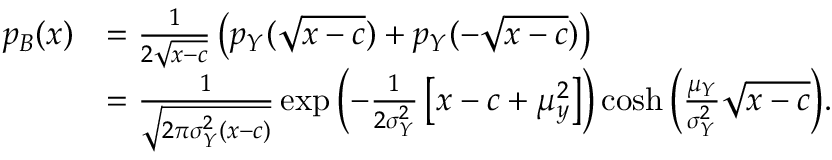
\begin{array} { r l } { p _ { B } ( x ) } & { = \frac { 1 } { 2 \sqrt { x - c } } \left( p _ { Y } ( \sqrt { x - c } ) + p _ { Y } ( - \sqrt { x - c } ) \right) } \\ & { = \frac { 1 } { \sqrt { 2 \pi \sigma _ { Y } ^ { 2 } \left( x - c \right) } } \exp { \left( - \frac { 1 } { 2 \sigma _ { Y } ^ { 2 } } \left[ x - c + \mu _ { y } ^ { 2 } \right] \right) } \cosh { \left( \frac { \mu _ { Y } } { \sigma _ { Y } ^ { 2 } } \sqrt { x - c } \right) } . } \end{array}